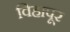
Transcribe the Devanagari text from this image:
विहापूर